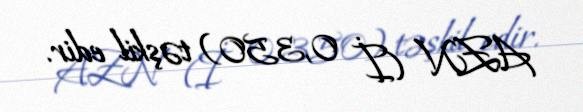
AZN (İ 0,350) təşkil edir.